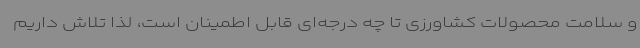
و سلامت محصولات کشاورزی تا چه درجه‌ای قابل اطمینان است، لذا تلاش داریم